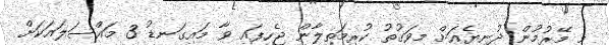
މި މޭރުމުން ދުނިޔެއަށް މިވަގުތު ކުރިމަތިލާން ޖެހިފައި ވާ މައިގަނޑު 3 މައްސަލައަކަށް